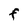
Character: F